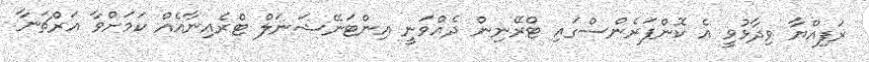
ރަފިއްޔާ ވިދާޅުވީ އެ ކޮންފަރެންސްގައި ޓްރޭނިން ދެއްވަނީ އިންޓަނޭޝަނަލް ޓްރެއިނާއެއް ކަމަށްވާ އަރްޗަނާ